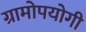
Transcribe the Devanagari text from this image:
ग्रामोपयोगी